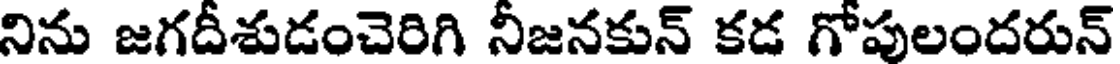
నిను జగదీశుడంచెరిగి నీజనకున్ కడ గోపులందరున్